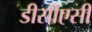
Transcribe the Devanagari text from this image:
डीसीएसी